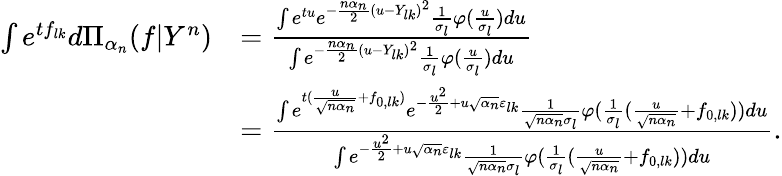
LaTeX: \begin{array}{rl}{\int e^{tf_{lk}}d\Pi_{\alpha_{n}}(f|Y^{n})}&{=\frac{\int e^{tu}e^{-\frac{n\alpha_{n}}{2}(u-Y_{lk})^{2}}\frac{1}{\sigma_{l}}\varphi(\frac{u}{\sigma_{l}})du}{\int e^{-\frac{n\alpha_{n}}{2}(u-Y_{lk})^{2}}\frac{1}{\sigma_{l}}\varphi(\frac{u}{\sigma_{l}})du}}\\ &{=\frac{\int e^{t(\frac{u}{\sqrt{n\alpha_{n}}}+f_{0,lk})}e^{-\frac{u^{2}}{2}+u\sqrt{\alpha_{n}}\varepsilon_{lk}}\frac{1}{\sqrt{n\alpha_{n}}\sigma_{l}}\varphi(\frac{1}{\sigma_{l}}(\frac{u}{\sqrt{n\alpha_{n}}}+f_{0,lk}))du}{\int e^{-\frac{u^{2}}{2}+u\sqrt{\alpha_{n}}\varepsilon_{lk}}\frac{1}{\sqrt{n\alpha_{n}}\sigma_{l}}\varphi(\frac{1}{\sigma_{l}}(\frac{u}{\sqrt{n\alpha_{n}}}+f_{0,lk}))du}.}\end{array}